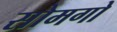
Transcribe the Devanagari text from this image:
सोमगो